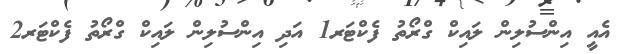
އެއީ އިންސުލިން ލައިކް ގްރޯތު ފެކްޓަރ1 އަދި އިންސުލިން ލައިކް ގްރޯތު ފެކްޓަރ2